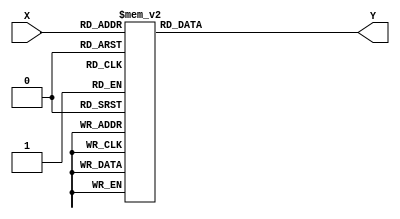
module bcd_to_7segment_decoder (X,Y);
  input [3:0] X;   
  output reg [6:0] Y;

  always @(*) 
  begin
    case (X)
      4'd0: Y = 7'b1111110;
      4'd1: Y = 7'b0110000; 
      4'd2: Y = 7'b1101101; 
      4'd3: Y = 7'b1111001; 
      4'd4: Y = 7'b0110011; 
      4'd5: Y = 7'b1011011; 
      4'd6: Y = 7'b1011111; 
      4'd7: Y = 7'b1110000; 
      4'd8: Y = 7'b1111111; 
      4'd9: Y = 7'b1111011; 
      default:  Y = 7'b0010101; 
    endcase
  end

endmodule